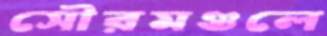
সৌরমণ্ডলে